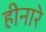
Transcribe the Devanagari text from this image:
हीनारे